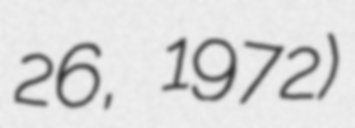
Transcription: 26, 1972)